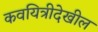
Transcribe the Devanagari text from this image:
कवयित्रीदेखील